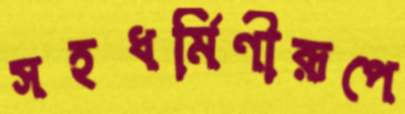
সহধর্মিণীরূপে